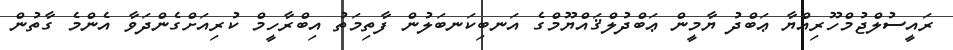
ރައީސުލްޖުމްހޫރިއްޔާ ޢަބްދު ޔާމީން ޢަބްދުލްޤައްޔޫމްގެ އަނބިކަނބަލުން ފާތިމަތު އިބްރާހީމް ކުރިއަށްގެންދަވާ އެންމެ ގާތުން